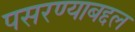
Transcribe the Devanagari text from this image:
पसरण्याबद्दल